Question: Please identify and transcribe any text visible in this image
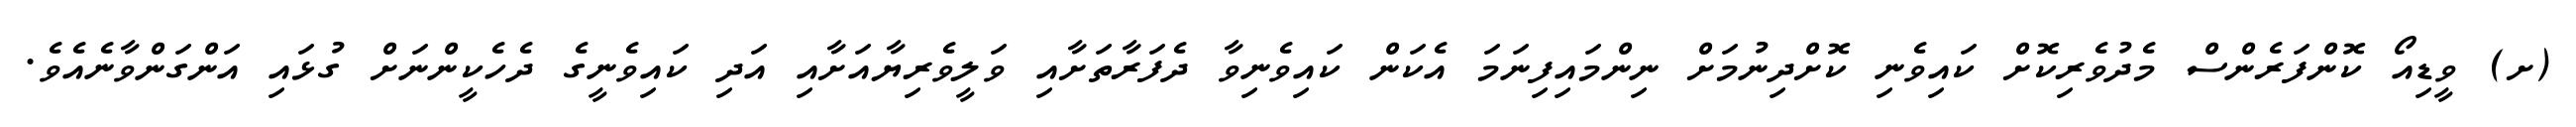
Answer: (ށ) ވީޑިއޯ ކޮންފަރެންސް މެދުވެރިކޮށް ކައިވެނި ކޮށްދިނުމަށް ނިންމައިފިނަމަ އެކަން ކައިވެނިވާ ދެފަރާތަށާއި ވަލީވެރިޔާއަށާއި އަދި ކައިވެނީގެ ދެހެކީންނަށް ގުޅައި އަންގަންވާނެއެވެ.